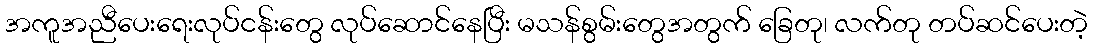
အကူအညီပေးရေးလုပ်ငန်းတွေ လုပ်ဆောင်နေပြီး မသန်စွမ်းတွေအတွက် ခြေတု၊ လက်တု တပ်ဆင်ပေးတဲ့